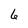
Character: 6